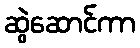
ဆွဲဆောင်ကာ